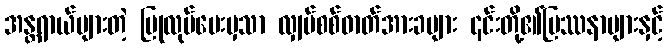
အန္တရာယ်များတဲ့ ပြုလုပ်ပေးမှသာ လျှပ်စစ်ဓာတ်အားခများ ၎င်းတို့၏ပြဿနာများနှင့်